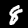
Digit: 8